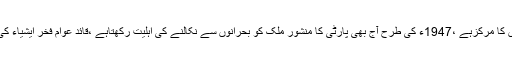
پاکستان پیپلز پارٹی آج بھی عوام کی امیدوں کا مرکزہے ،1947ء کی طرح آج بھی پارٹی کا منشور ملک کو بحرانوں سے نکالنے کی اہلیت رکھتاہے ،قائد عوام فخر ایشیاء کی بشارت پر خراج عقیدت پیش کرتے ہیں ۔